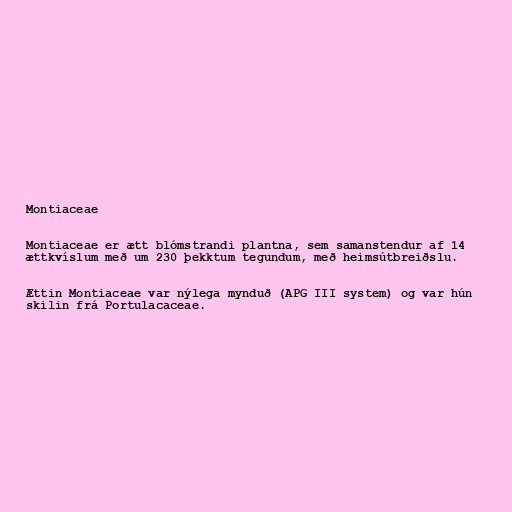
Montiaceae

Montiaceae er ætt blómstrandi plantna, sem samanstendur af 14
ættkvíslum með um 230 þekktum tegundum, með heimsútbreiðslu.

Ættin Montiaceae var nýlega mynduð (APG III system) og var hún
skilin frá Portulacaceae.